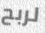
لربح